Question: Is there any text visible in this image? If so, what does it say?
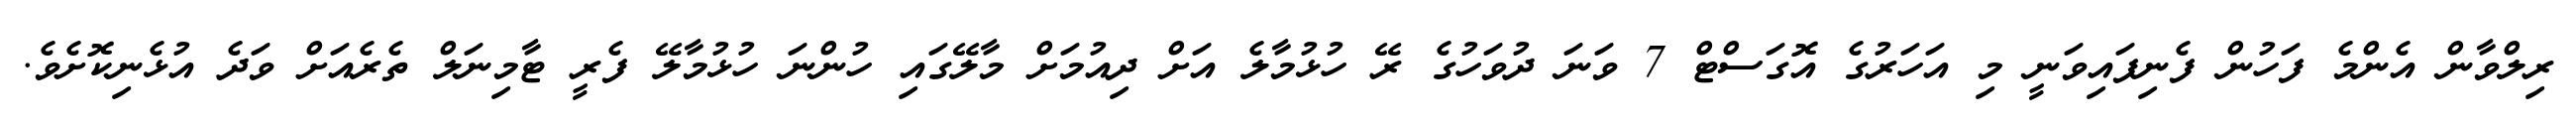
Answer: ރިލްވާން އެންމެ ފަހުން ފެނިފައިވަނީ މި އަހަރުގެ އޮގަސްޓް 7 ވަނަ ދުވަހުގެ ރޭ ހުޅުމާލެ އަށް ދިއުމަށް މާލޭގައި ހުންނަ ހުޅުމާލޭ ފެރީ ޓާމިނަލް ތެރެއަށް ވަދެ އުޅެނިކޮށެވެ.